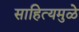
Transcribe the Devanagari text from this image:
साहित्यमुळे